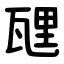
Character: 瓼